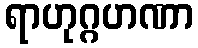
ရာဟုဂ္ဂဟဏာ